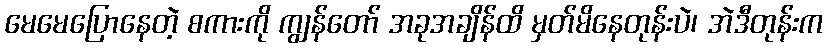
မေမေပြောနေတဲ့ စကားကို ကျွန်တော် အခုအချိန်ထိ မှတ်မိနေတုန်းပဲ၊ အဲဒီတုန်းက